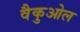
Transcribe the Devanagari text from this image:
वैकुओल